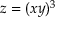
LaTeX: z = ( x y ) ^ { 3 }